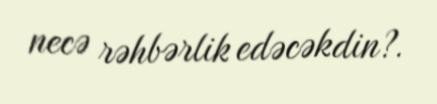
necə rəhbərlik edəcəkdin?.